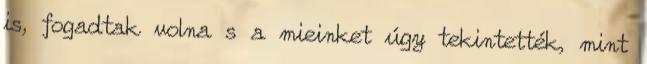
is, fogadtak volna s a mieinket úgy tekintették, mint